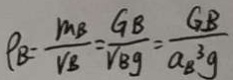
\rho _ { B } = \frac { m B } { V B } = \frac { G B } { V B g } = \frac { G B } { a _ { B } ^ { 3 } g }